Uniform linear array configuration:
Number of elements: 4
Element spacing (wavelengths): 0.75
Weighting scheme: exponential
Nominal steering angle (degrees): -45
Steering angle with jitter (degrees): -43.51
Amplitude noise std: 0.05
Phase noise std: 0.05

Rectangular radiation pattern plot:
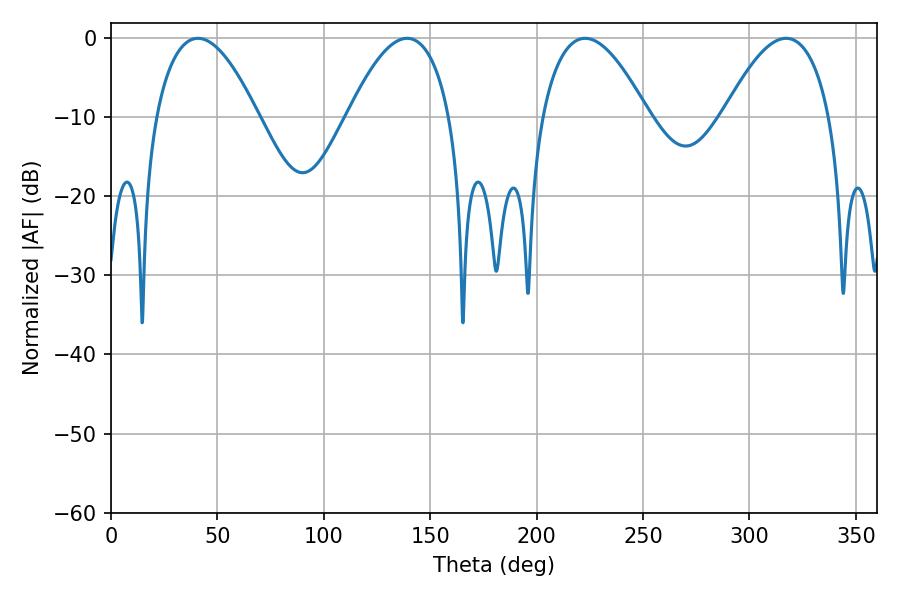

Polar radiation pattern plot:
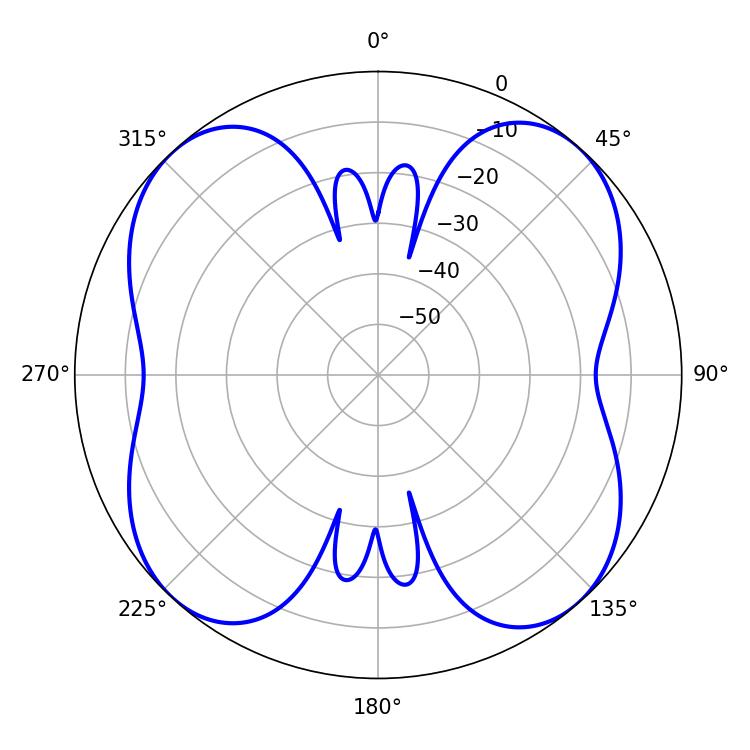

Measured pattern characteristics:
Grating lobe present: TRUE
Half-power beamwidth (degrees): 26.46
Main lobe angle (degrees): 40.86